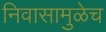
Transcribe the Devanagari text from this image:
निवासामुळेच